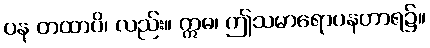
ပန တထာပိ၊ လည်း။ ဣဓ၊ ဤသမာရောပနဟာရ၌။